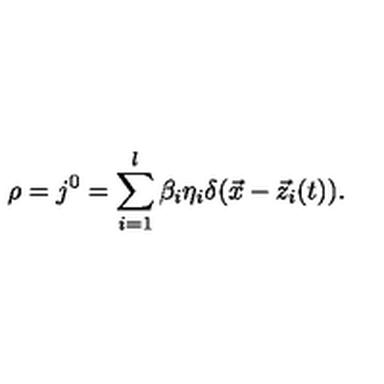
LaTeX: \rho = j ^ { 0 } = \sum _ { i = 1 } ^ { l } \beta _ { i } \eta _ { i } \delta ( \vec { x } - \vec { z } _ { i } ( t ) ) .